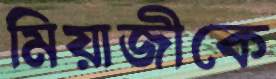
মিয়াজীকে